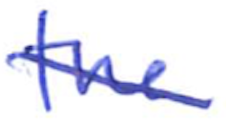
Text: the
Cross-out: diagonal
Writing tool: ballpoint